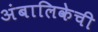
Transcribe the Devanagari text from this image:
अंबालिकेची